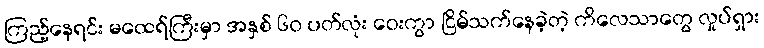
ကြည့်နေရင်း မထေရ်ကြီးမှာ အနှစ် ၆၀ ပတ်လုံး ဝေးကွာ ငြိမ်သက်နေခဲ့တဲ့ ကိလေသာတွေ လှုပ်ရှား